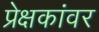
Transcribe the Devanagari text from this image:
प्रेक्षकांवर